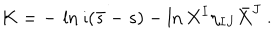
K = - \, \ln \imath ( \bar { s } - s ) - \ln { X ^ { I } \eta _ { I J } \bar { X } ^ { J } } \ .